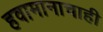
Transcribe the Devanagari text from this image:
हवामानाचाही